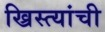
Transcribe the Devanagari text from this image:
ख्रिस्त्यांची